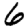
Digit: 6